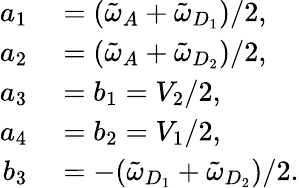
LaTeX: \begin{array}{rl}{a_{1}}&{{}=(\tilde{\omega}_{A}+\tilde{\omega}_{D_{1}})/2,}\\ {a_{2}}&{{}=(\tilde{\omega}_{A}+\tilde{\omega}_{D_{2}})/2,}\\ {a_{3}}&{{}=b_{1}=V_{2}/2,}\\ {a_{4}}&{{}=b_{2}=V_{1}/2,}\\ {b_{3}}&{{}=-(\tilde{\omega}_{D_{1}}+\tilde{\omega}_{D_{2}})/2.}\end{array}